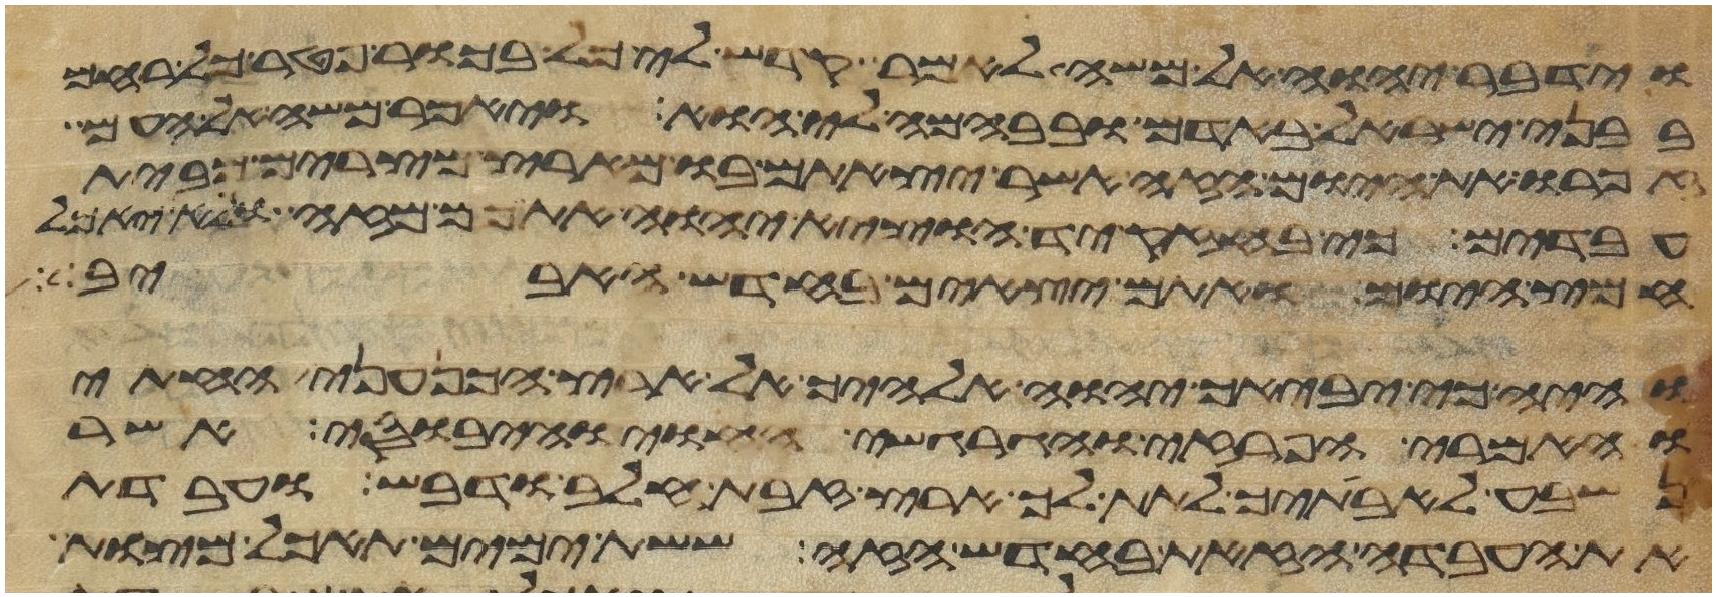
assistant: וידבר יהוה אל משה לאמר קדש לי כל בכור פטר כל רחם
בבני ישראל באדם ובבהמה לי הוא ויאמר משה אל העם
זכרו את היום הזה אשר יצאתם בו מארץ מצרים מבית
עבדים כי בחזק יד הוציא יהוה אתכם מזה ולא יאכל
חמץ היום ואתם יוצאים בחדש האביב
והיה כי יביאך יהוה אלהיך אל ארץ הכנעני החתי
והאמרי והפרזי והגרגשי והחוי והיבוסי אשר
נשבע לאבתיך לתת לך ארץ זבת חלב ודבש ועבדת
את העבדה הזאת בחדש הזה ששת ימים תאכל מצות